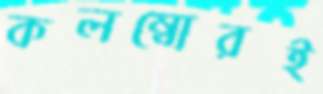
কলম্বোরই